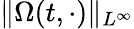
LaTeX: \| \Omega(t,\cdot)\| _{L^{\infty}}